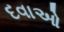
દવાઓ